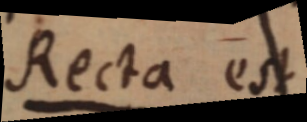
Recta est